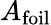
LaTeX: A_{\mathrm{foil}}